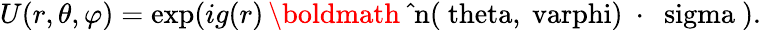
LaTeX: U(r,\theta,\varphi)=\exp(ig(r)\, \mathrm{\boldmath~\hat{~}n(\ theta,\ varphi)~\cdot~\ sigma~}).